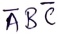
Text: ABC